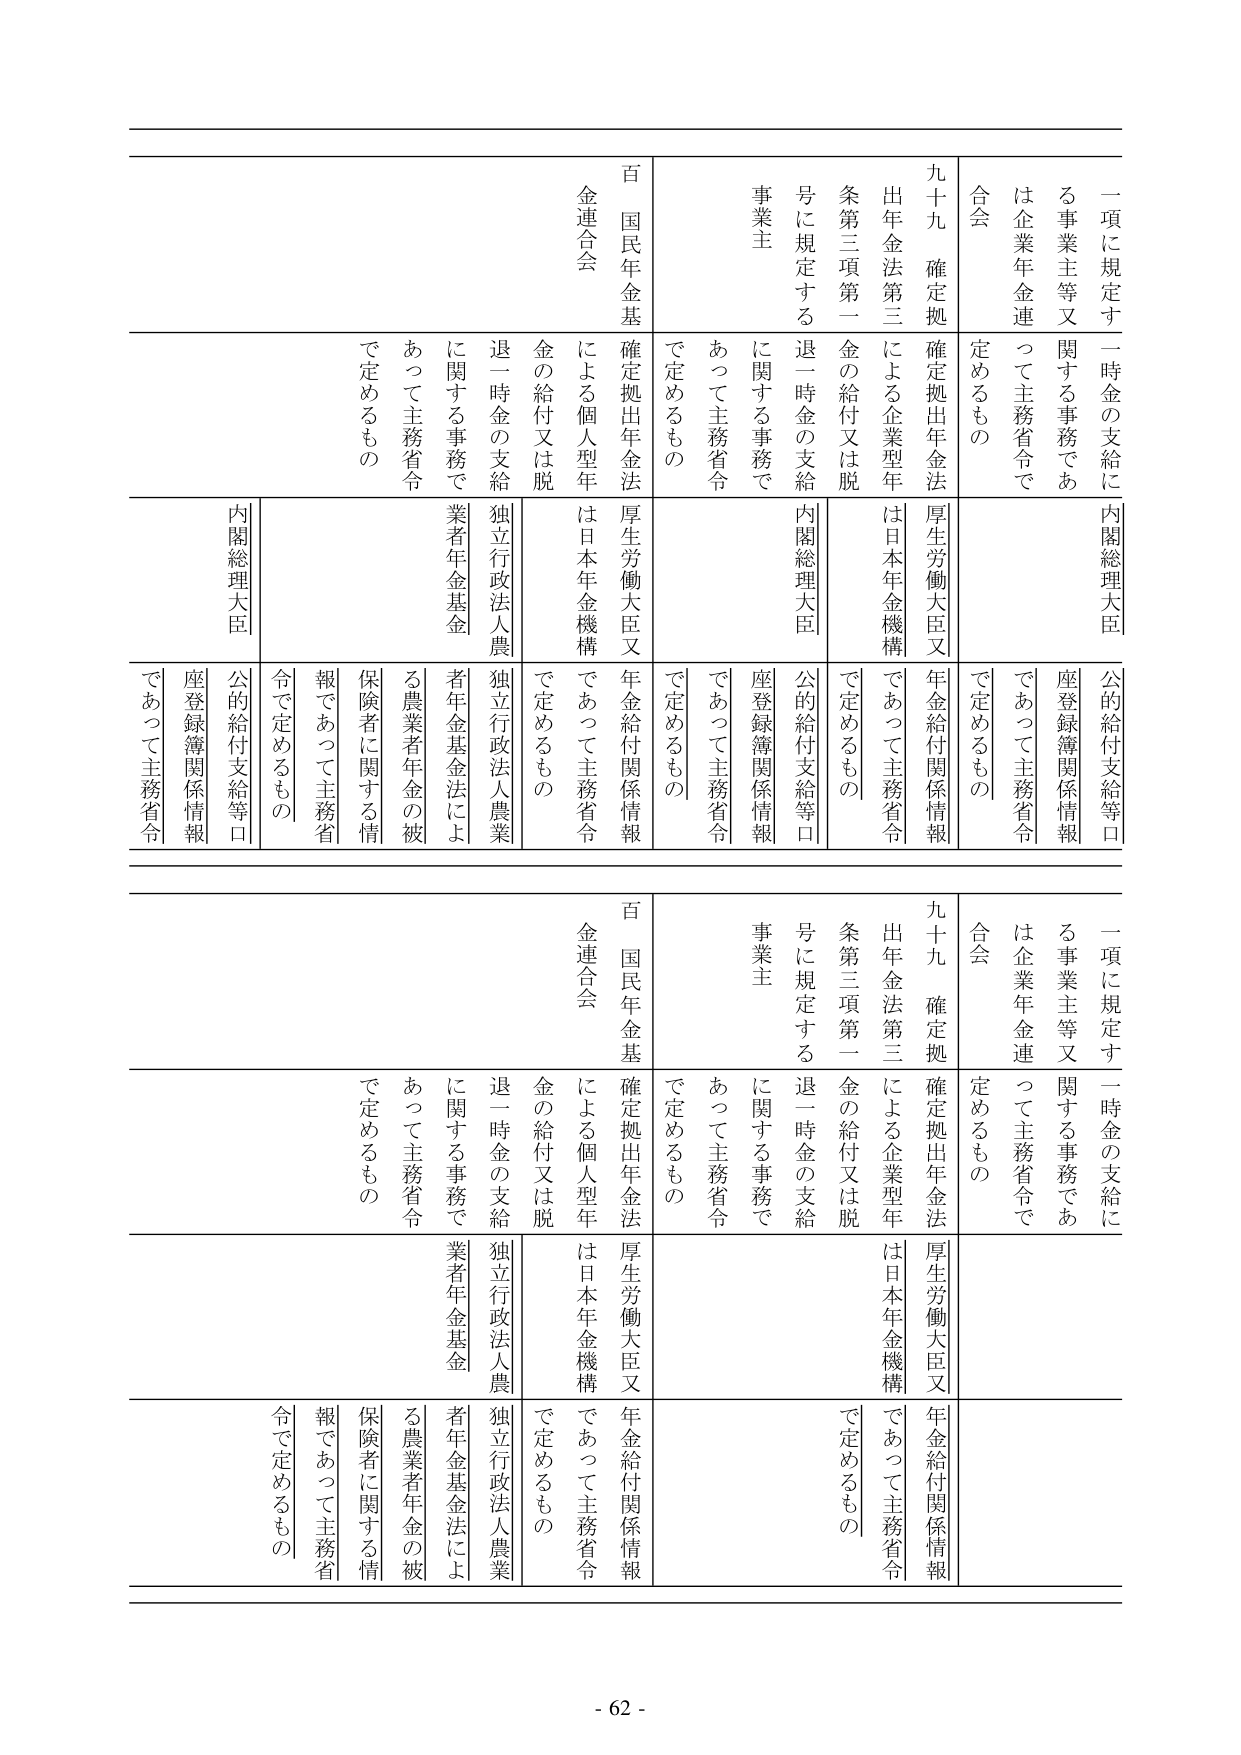
一項に規定する事業主等又は企業年金連合会
一時金の支給に関する事務であつて主務省令で定めるもの
九十九 確定拠出年金法による企業型年金の給付又は脱退一時金の支給に関する事務であつて主務省令で定めるもの
条第三項第一号に規定する事業主に関する事務であつて主務省令で定めるもの
百 国民年金基金連合会
確定拠出年金法による個人型年金の給付又は脱退一時金の支給に関する事務であつて主務省令で定めるもの
内閣総理大臣
公的給付支給等口座登録簿関係情報
厚生労働大臣又は日本年金機構であつて主務省令で定めるもの
年金給付関係情報
独立行政法人農業者年金基金
農業者年金法による農業者年金の被保険者に関する情報であつて主務省令で定めるもの
内閣総理大臣
公的給付支給等口座登録簿関係情報
厚生労働大臣又は日本年金機構であつて主務省令で定めるもの
年金給付関係情報
独立行政法人農業者年金基金
農業者年金法による農業者年金の被保険者に関する情報であつて主務省令で定めるもの

一項に規定する事業主等又は企業年金連合会
一時金の支給に関する事務であつて主務省令で定めるもの
九十九 確定拠出年金法による企業型年金の給付又は脱退一時金の支給に関する事務であつて主務省令で定めるもの
条第三項第一号に規定する事業主に関する事務であつて主務省令で定めるもの
百 国民年金基金連合会
確定拠出年金法による個人型年金の給付又は脱退一時金の支給に関する事務であつて主務省令で定めるもの
内閣総理大臣
公的給付支給等口座登録簿関係情報
厚生労働大臣又は日本年金機構であつて主務省令で定めるもの
年金給付関係情報
独立行政法人農業者年金基金
農業者年金法による農業者年金の被保険者に関する情報であつて主務省令で定めるもの
内閣総理大臣
公的給付支給等口座登録簿関係情報
厚生労働大臣又は日本年金機構であつて主務省令で定めるもの
年金給付関係情報
独立行政法人農業者年金基金
農業者年金法による農業者年金の被保険者に関する情報であつて主務省令で定めるもの

- 62 -